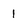
Character: 1